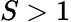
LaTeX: S>1